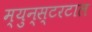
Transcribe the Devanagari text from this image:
म्युन्स्टरटाल